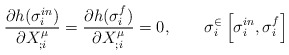
\begin{align*}\frac{\partial h(\sigma _{i}^{in})}{\partial X^{\mu}_{;i}}=\frac{\partial h(\sigma _{i}^{f})}{\partial X^{\mu}_{;i}}=0,\qquad\sigma _{i}^{\in}\left[ \sigma _{i}^{in},\sigma _{i}^{f} \right]\end{align*}